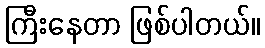
ကြီးနေတာ ဖြစ်ပါတယ်။